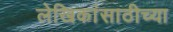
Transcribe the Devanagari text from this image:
लेखिकांसाठीच्या